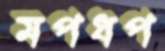
মপধপ